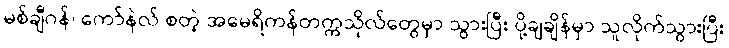
မစ်ချီဂန်၊ ကော်နဲလ် စတဲ့ အမေရိကန်တက္ကသိုလ်တွေမှာ သွားပြီး ပို့ချချိန်မှာ သူလိုက်သွားပြီး